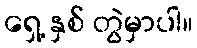
ရှေ့ နှစ် တွဲမှာပါ။